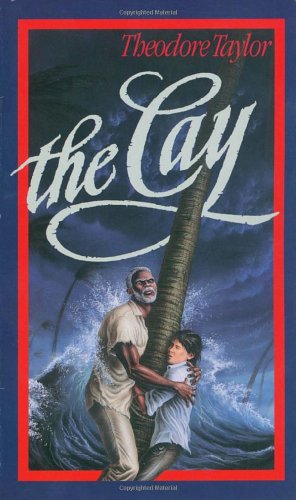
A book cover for The Cay (Laurel-Leaf Books); Theodore Taylor; Teen & Young Adult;